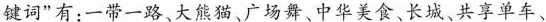
键词”有：一带一路、大熊猫、广场舞、中华美食、长城、共享单车、